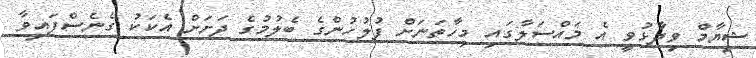
ޝިޔާމް ވިދާޅުވީ އެ މައްސަލާގައި މިހާތަނަށް ފުލުހުންގެ ބެލުމުގެ ދަށަށް އެކަކު ގެނެސްފައިވާ